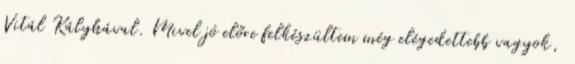
Vitál Kályhával. Mivel jó előre felkészültem még elégedettebb vagyok,